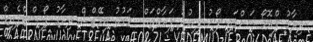
ދިރާގު ޕްރޮމޯޝަންގައި ފޯނު ލިބުނު ފަރާތްތައް  ވަގުތު އިމޭޖްސް ދިރާގު ޕޯސްޓްޕެއިޑް